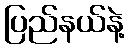
ပြည်နယ်နဲ့